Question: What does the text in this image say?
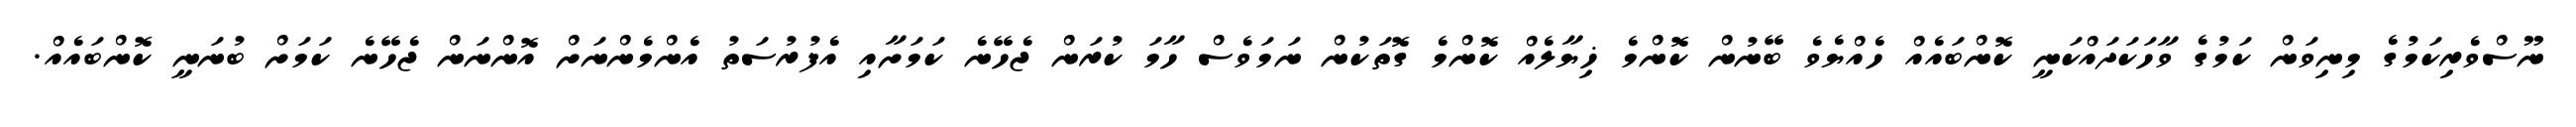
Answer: ނޫސްވެރިކަމުގެ މިނިވަން ކަމުގެ ވާހަކަދައްކަނީ ކޮންބައެއް ހެއްޔެވެ ބޭނުން ކޮންމެ ޚިޔާލެއް ކޮންމެ ގޮތަކުން ނަމަވެސް ހާމަ ކުރަން ޖެހޭނެ ކަމަށާއި އެފުރުސަތު އެންމެންނަށް އޮންނަން ޖެހޭނެ ކަމަށް ބުނަނީ ކޮންބައެއް.